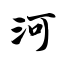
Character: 河